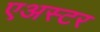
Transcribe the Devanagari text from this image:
एअस्टर